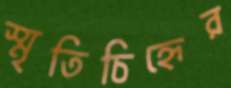
স্মৃতিচিহ্নের